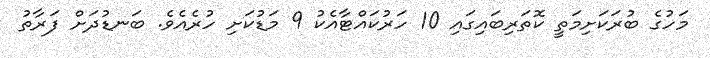
މަހުގެ ބުރަކަށިމަތީ ކޮތަރިބައިގައި 10 ހަރުކައްޓާއެކު 9 މަޑުކަށި ހުރެއެވެ. ބަނޑުދަށް ފަރާތު